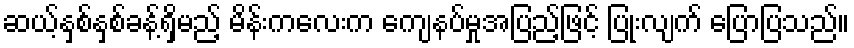
ဆယ့်နှစ်နှစ်ခန့်ရှိမည့် မိန်းကလေးက ကျေနပ်မှုအပြည့်ဖြင့် ပြုံးလျက် ပြောပြသည်။